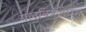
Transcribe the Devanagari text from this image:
फ्लुनित्रज़ेपम